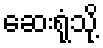
ဆေးရုံသို့